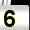
Digit: 5